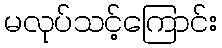
မလုပ်သင့်ကြောင်း